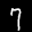
Label: 7